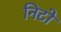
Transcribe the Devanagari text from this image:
निटो